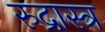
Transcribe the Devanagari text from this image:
रुद्रास्त्र